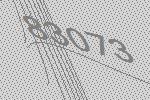
83073